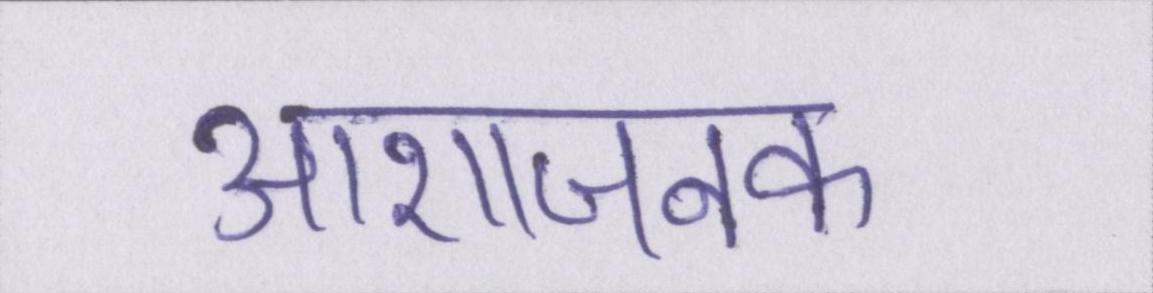
आशाजनक